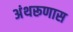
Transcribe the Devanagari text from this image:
अंथरूणास